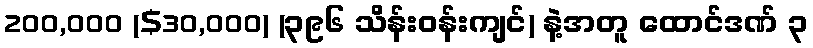
200,000 ($30,000) (၃၉၆ သိန်းဝန်းကျင်) နဲ့အတူ ထောင်ဒဏ် ၃